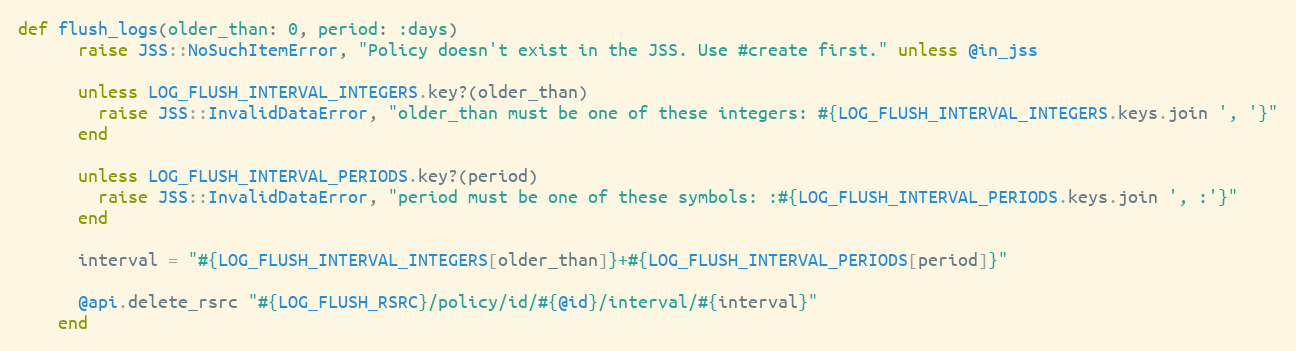
Language: Ruby
def flush_logs(older_than: 0, period: :days)
      raise JSS::NoSuchItemError, "Policy doesn't exist in the JSS. Use #create first." unless @in_jss

      unless LOG_FLUSH_INTERVAL_INTEGERS.key?(older_than)
        raise JSS::InvalidDataError, "older_than must be one of these integers: #{LOG_FLUSH_INTERVAL_INTEGERS.keys.join ', '}"
      end

      unless LOG_FLUSH_INTERVAL_PERIODS.key?(period)
        raise JSS::InvalidDataError, "period must be one of these symbols: :#{LOG_FLUSH_INTERVAL_PERIODS.keys.join ', :'}"
      end

      interval = "#{LOG_FLUSH_INTERVAL_INTEGERS[older_than]}+#{LOG_FLUSH_INTERVAL_PERIODS[period]}"

      @api.delete_rsrc "#{LOG_FLUSH_RSRC}/policy/id/#{@id}/interval/#{interval}"
    end